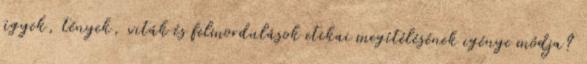
ügyek, tények, viták és felmordulások etikai megítélésének igénye módja?